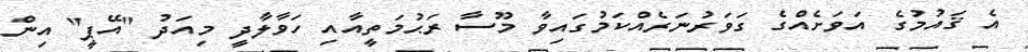
އެ ޤައުމުގެ އަވަށެއްގެ ގަވަރުނަރެއްކަމުގައިވާ މޫސާ ރަޙުމަތީއާއި ހަވާލާދީ މިއަދު "އޭޕީ" އިން